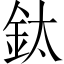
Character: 鈦